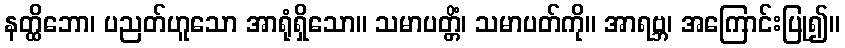
နတ္ထိဘော၊ ပညတ်ဟူသော အာရုံရှိသော။ သမာပတ္တိံ၊ သမာပတ်ကို။ အာရဗ္ဘ၊ အကြောင်းပြု၍။